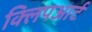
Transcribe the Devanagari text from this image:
क्लिपआर्ट